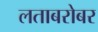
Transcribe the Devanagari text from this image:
लताबरोबर